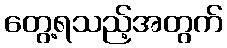
တွေ့ရသည့်အတွက်